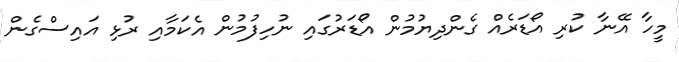
މީހާ އޭނާ ކުރި އޯޑަރެއް ގެންދިޔުމުން އޯޑަރުގައި ނުހިފުމުން އެކަމާއި ރުޅި އައިސްގެން